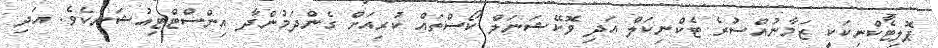
ޕޮލިޓެކްނިކަކީ ޒަމާނުއްސުރެ ޓެކްނިކަލް އަދި ވޮކޭޝަނަލް ކޯސްތައް ކުރިއަށް ގެންދަމުންދާ އިންސްޓްޓިއުޝަނެކެވެެ. އަދި